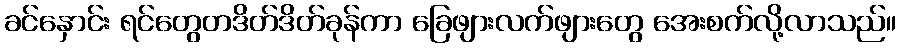
ခင်နှောင်း ရင်တွေတဒိတ်ဒိတ်ခုန်ကာ ခြေဖျားလက်ဖျားတွေ အေးစက်လို့လာသည်။